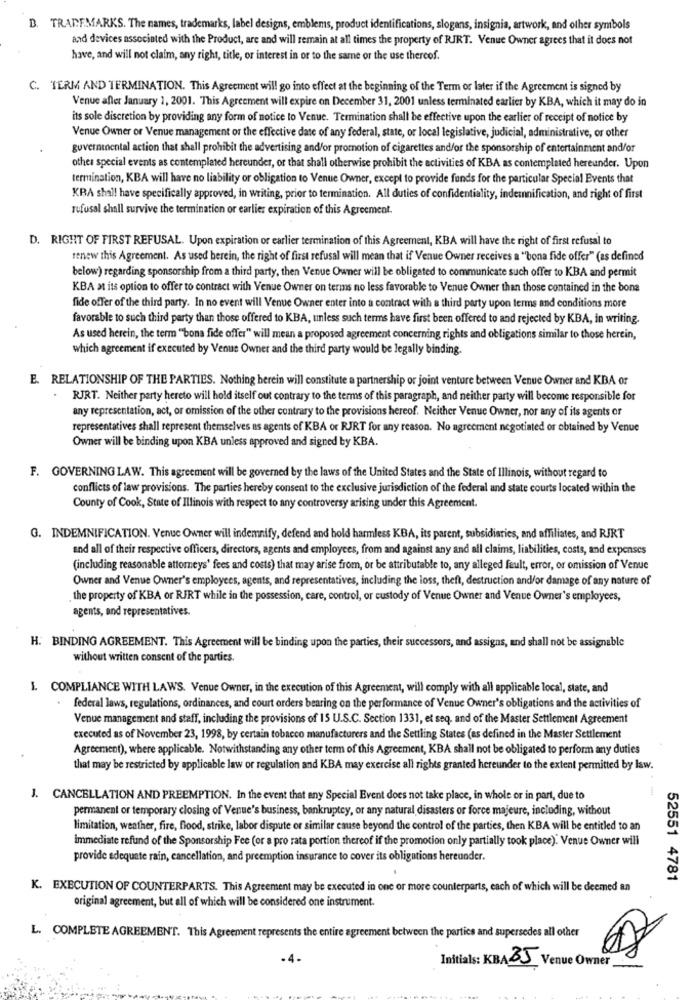
D. TRADEMARKS. The names, trademarks, label designs, emblems, product identifications, slogans, insignia, artwork, and other symbols
and devices associated with the Product, are and will remain at all times the property of RJRT. Venue Owner agrees that it does not
have, and will not claim, any right, title, or interest in or to the same or the use thereof.
C. TERM AND TERMINATION. This Agreement will go into effect at the beginning of the Term or later if the Agreement is signed by
Venue after January 1, 2001. This Agreement will expire on December 31, 2001 unless terminated earlier by KBA, which it may do in
its sole discretion by providing any form of notice to Venue. Termination shall be effective upon the earlier of receipt of notice by
Venue Owner or Venue management or the effective date of any federal, state, or local legislative, judicial, administrative, or other
guvernanental action that shall prohibit the advertising and/or promotion of cigarettes and/or the sponsorship of entertainment and/or
other special events as contemplated hereunder, or that shall otherwise prohibit the activities of KBA as contemplated hereunder. Upon
termination, KBA will have no liability or obligation to Venue Owner, except to provide funds for the particular Special Events that
KRA shall have specifically approved, in writing, prior to termination. All duties of confidentiality, indemnification, and right of first
rufusal shall survive the termination or earlier expiration of this Agreement.
D. RIGHT OF FIRST REFUSAL. Upon expiration or earlier termination of this Agreement, KBA will have the right of first refusal to
renew this Agreement. As used berein, the right of first refusal will mean that if Venue Owner receives a "'bona fide offer" (as defined
below) regarding sponsorship from a third party, then Venue Owner will be obligated to communicate such offer to KBA and permit
KBA at its option to offer to contract with Venue Owner on terms no less favorable to Venue Owner than those contained in the bone
fide offer of the third party. In no event will Venue Owner enter into a contract with a third party upon terms and conditions more
favorable to such third party than those offered to KBA, unless such terms have first been offered to and rejected by KBA, in writing.
As used herein, the term "bona fide offer" will mean a proposed agreement concerning rights and obligations similar to those herein,
which agreement if executed by Venus Owner and the third party would be legally binding.
E. RELATIONSHIP OF THE PARTIES. Nothing herein will constitute a partnership or joint venture between Venue Owner and KBA or
RJRT. Neither party hereto will hold itself out contrary to the terms of this paragraph, and neither party will become responsible for
any representation, act, or omission of the other contrary to the provisions hereof. Neither Venue Owner, nor any of its agents or
representatives shall represent themselves as agents of KBA or RJRT for any reason. No agreement negotiated or obtained by Venue
Owner will be binding upon KBA unless approved and signed by KBA.
F. GOVERNING LAW. This agreement will be governed by the laws of the United States and the State of Illinois, without regard to
conflicts of law provisions. The parties hereby consent to the exclusive jurisdiction of the federal and state courts located within the
County of Cook, State of Illinois with respect to any controversy arising under this Agreement.
G. INDEMNIFICATION. Venue Owner will indemnify, defend and hold harmless KBA, its parent, subsidiaries, and affiliates, and RJRT
and all of their respective officers, directors, agents and employees, from and against any and all claims, liabilities, costs, and expenses
(including reasonable attorneys' fees and costs) that may arise from, or be attributable to, any alleged fault, error, or omission of Venue
Owner and Venue Owner's employees, agents, and representatives, including the loss, theft, destruction and/or damage of any nature of
the property of KBA or RJRT while in the possession, care, control, or custody of Venue Owner and Venue Owner's employees,
agents, and representatives.
H. BINDING AGREEMENT. This Agreement will be binding upon the parties, their successors, and assigns, and shall not be assignable
without written consent of the parties.
1. COMPLIANCE WITH LAWS. Venue Owner, in the execution of this Agreement, will comply with all applicable local, state, and
federal laws, regulations, ordinances, and court orders bearing on the performance of Venue Owner's obligations and the activities of
Venue management and staff, including the provisions of 15 U.S.C. Section 1331, et seq, and of the Master Settlement Agreement
executed as of November 23, 1998, by certain tobacco manufacturers and the Settling States (as defined in the Master Settlement
Agreement), where applicable. Notwithstanding any other term of this Agreement, KBA shall not be obligated to perform any duties
that may be restricted by applicable law or regulation and KBA may exercise all rights granted hereunder to the extent permitted by law.
J. CANCELLATION AND PREEMPTION. In the event that any Special Event does not take place, in whole or in part, due to
permanent or temporary closing of Venue's business, bankruptcy, or any natural disasters or force majeure, including, without
limitation, weather, fire, flood, strike, labor dispute or similar cause beyond the control of the parties, then KBA will be entitled to an
Immediate refund of the Sponsorship Fee (or a pro rata portion thereof if the promotion only partially took place). Venue Owner will
provide adequate rain, cancellation, and preemption insurance to cover its obligations hereunder.
52551 4781
K. EXECUTION OF COUNTERPARTS. This Agreement may be executed in one or more counterparts, each of which will be deemed an
original agreement, but all of which will be considered one instrument.
L. COMPLETE AGREEMENT. This Agreement represents the entire agreement between the parties and supersedes all other
- 4.
Initials: KBAJ Venue Owner